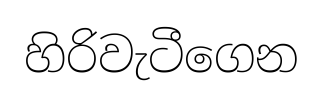
හිරිවැටීගෙන